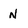
Character: N